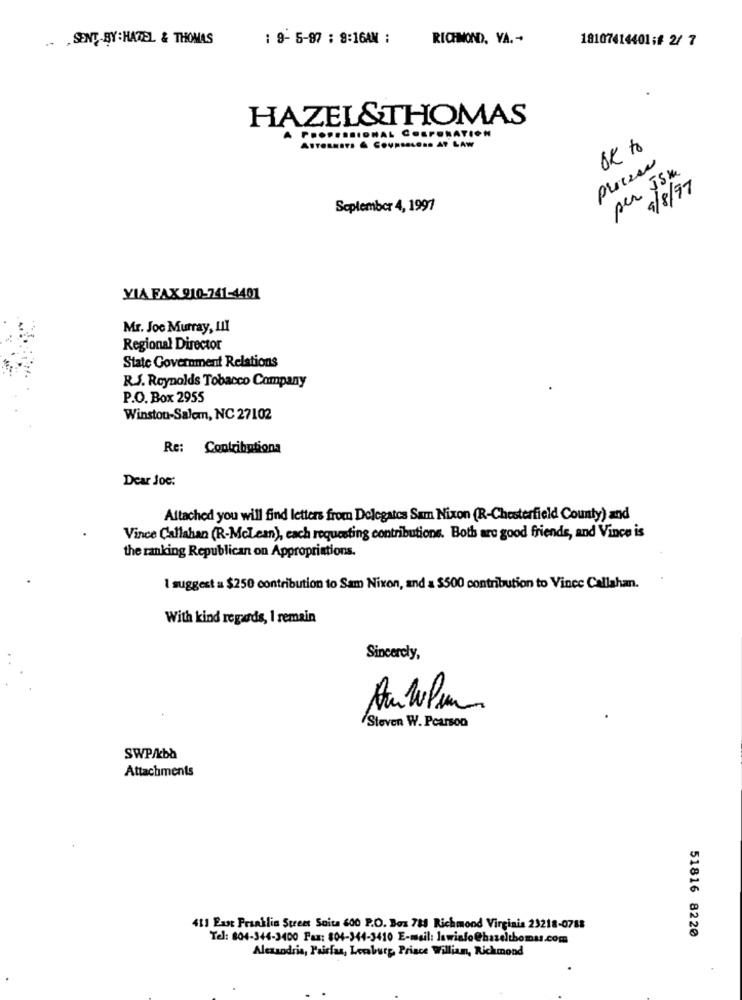
.. . SENT BY : HAZEL & THOMAS
1 9- 5-87 : 9:16AM :
RICHMOND, VA. -
18107414401:# 2/ 7
HAZEL&THOMAS
... SIONAL CESPERATION
ONS AT LAW
OK to
procesa
per JSM
9/8/97
September 4, 1997
VIA FAX 910-741-4401
Mr. Joe Murray, III
Regional Director
State Government Relations
R.J. Reynolds Tobacco Company
P.O. Box 2955
Winston-Salem, NC 27102
Re: Contributions
Dear Joe:
Altached you will find letters from Delegates Sam Nixon (R-Chesterfield County) and
Vince Callahan (R-McLean), each requesting contributions. Both are good friends, and Vince is
the ranking Republican on Appropriations.
I suggest = $250 contribution to Sam Nixon, and a $500 contribution to Vince Callahan.
With kind regards, 1 remain
Sincerely,
Steven W. Pcarson
SWP/kbb
Attachments
413 East Franklin Street Soita 600 P.O. Box 788 Richmond Virginia 23218-0788
51816 8220
Tel: 804-344-3400 Fax: 804-344-3410 E-mail: lawinfo@hazelthomas.com
Alexandria, Paisfan, Lersbuty, Prince William, Richmond